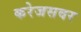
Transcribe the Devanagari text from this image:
करेजसवर